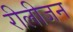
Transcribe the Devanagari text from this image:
रीलीजन